Lunatic asylums Bombay report 1878-1890 - 1878-1890
Year: 1878
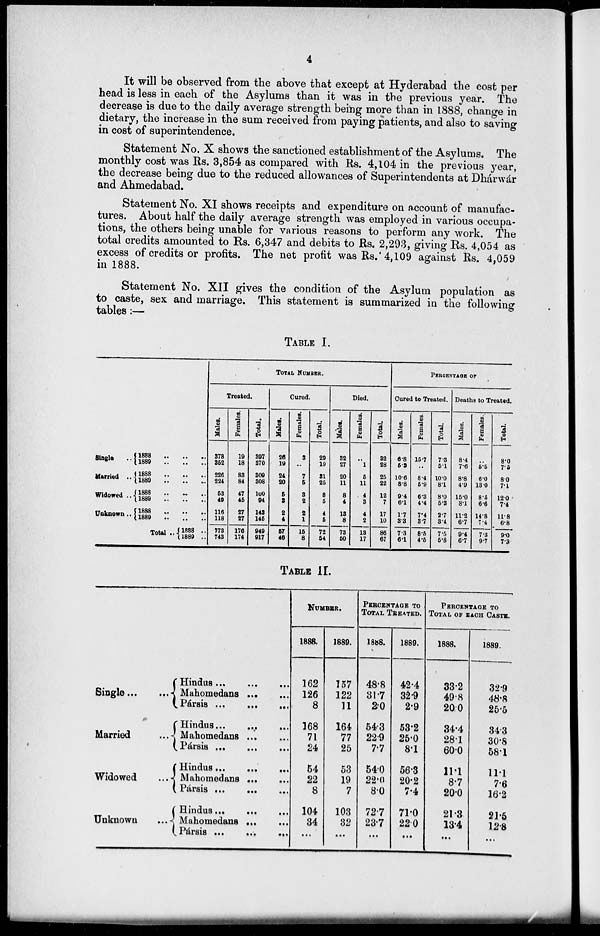
4
It will be observed from the above that except at Hyderabad the cost per
head is less in each of the Asylums than it was in the previous year. The
decrease is due to the daily average strength being more than in 1888, change in
dietary, the increase in the sum received from paying patients, and also to saving
in cost of superintendence.
Statement No. X shows the sanctioned establishment of the Asylums. The
monthly cost was Rs. 3,854 as compared with Rs. 4,104 in the previous year,
the decrease being due to the reduced allowances of Superintendents at Dhárwár
and Ahmedabad.
Statement No. XI shows receipts and expenditure on account of manufac-
tures. About half the daily average strength was employed in various occupa-
tions, the others being unable for various reasons to perform any work. The
total credits amounted to Rs. 6,347 and debits to Rs. 2,293, giving Rs. 4,054 as
excess of credits or profits. The net profit was Rs.4,109 against Rs. 4,059
in 1888.
Statement No. XII gives the condition of the Asylum population as
to caste, sex and marriage. This statement is summarized in the following
tables:—
TABLE I.
Single ..
Married
..
Widowed ..
Unknown ..
1888 .. .. ..
1889
..
..
..
1888 .. .. ..
1889 .. .. ..
1888 .. .. ..
1889 .. .. ..
1888 .. .. ..
1889 .. .. ..
Total .. 1888 .. .. ..
1889 .. .. ..
TOTAL NUMBER.
Treated.
Males.
378
352
226
224
53
49
116
118
773
743
Females.
19
18
83
84
47
45
27
27
176
174
Total.
397
370
309
308
100
94
143
145
949
917
Cured.
Males.
26
19
24
20
5
3
2
4
57
46
Females.
3
..
7
5
3
2
2
1
15
8
Total.
29
19
31
25
8
5
4
5
72
54
Died.
Males.
32
27
20
11
8
4
13
8
73
50
Females.
..
1
5
11
4
3
4
2
13
17
Total.
32
28
25
22
12
7
17
10
86
67
PERCENTAGE OF
Cured to Treated.
Males.
6.8
5.3
10.6
8.8
9.4
6.1
1.7
3.3
7.3
6.1
Females.
15.7
..
8.4
5.9
6.3
4.4
7.4
3.7
8.5
4.5
Total.
7.3
5.1
10.0
8.1
8.0
5.3
2.7
3.4
7.5
5.8
Deaths to Treated.
Males.
8.4
7.6
8.8
4.9
15.0
8.1
11.2
6.7
9.4
6.7
Females.
..
5.5
6.0
13.0
8.5
6.6
14.8
7.4
7.3
9.7
Total.
8.0
7.5
8.0
7.1
12.0
7.4
11.8
6.8
9.0
7.3
TABLE II.
Single ... ...
Married ...
Widowed ...
Unknown
...
Hindus ... ... ...
Mahomedans ... ...
Pársis
...
...
...
Hindus ... ... ...
Mahomedans ... ...
Pársis
...
...
...
Hindus
...
...
Mahomedans ... ...
Pársis
...
...
...
Hindus ... ...
Mahomedans ... ...
Pársis
...
...
...
NUMBER.
1888.
162
126
8
168
71
24
54
22
8
104
34
...
1889.
157
122
11
164
77
25
53
19
7
103
32
...
PERCENTAGE TO
TOTAL TREATED.
1888.
48.8
31.7
2.0
54.3
22.9
7.7
54.0
22.0
8.0
72.7
23.7
...
1889.
42.4
32.9
2.9
53.2
25.0
8.1
56.3
20.2
7.4
71.0
22.0
...
PERCENTAGE TO
TOTAL OF EACH CASTE.
1888.
33.2
49.8
20.0
34.4
28.1
60.0
11.1
8.7
20.0
21.3
13.4
...
1889.
32.9
48.8
25.5
34.3
30.8
58.1
11.1
7.6
16.2
21.5
12.8
...